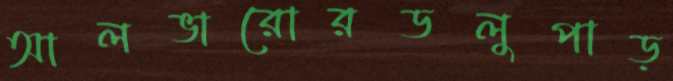
আলভারোরডলুপাড়